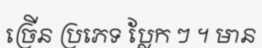
ច្រើន ប្រភេទ ប្លែក ៗ ។ មាន